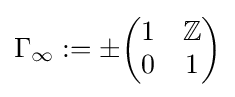
\Gamma _{\infty }:=\pm {\begin{pmatrix}1&\mathbb {Z} \\0&1\\\end{pmatrix}}